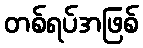
တစ်ရပ်အဖြစ်